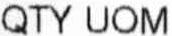
QTY UOM